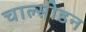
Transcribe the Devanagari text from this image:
चाल्सीडन